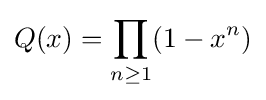
Q(x)=\prod _{n\geq 1}(1-x^{n})